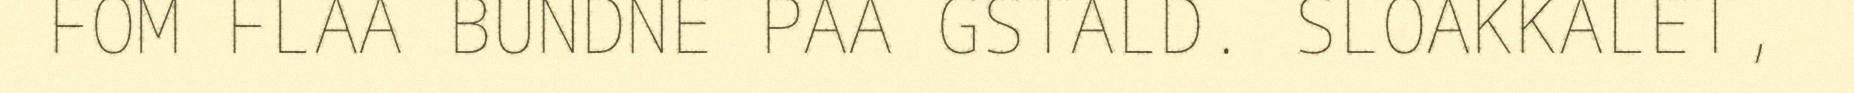
FOM FLAA BUNDNE PAA GSTALD. SLOAKKALET,